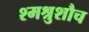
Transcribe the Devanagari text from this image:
श्मश्रुशौच